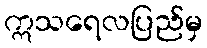
ဣသရေလပြည်မှ